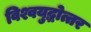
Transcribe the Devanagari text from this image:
विश्वयुद्धोत्तर